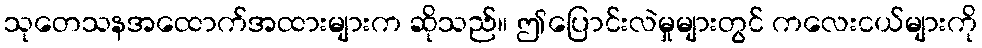
သုတေသနအထောက်အထားများက ဆိုသည်။ ဤပြောင်းလဲမှုများတွင် ကလေးငယ်များကို